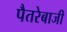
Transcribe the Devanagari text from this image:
पैतरेबाजी